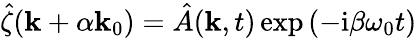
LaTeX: \hat{\zeta}(\mathbf{k}+\alpha\mathbf{k}_{0})=\hat{A}(\mathbf{k},t)\exp{(-\mathrm{i}\beta\omega_{0}t)}